Report of the Indian Hemp Drugs Commission, 1894-1895 - Volume VII
Year: 1894
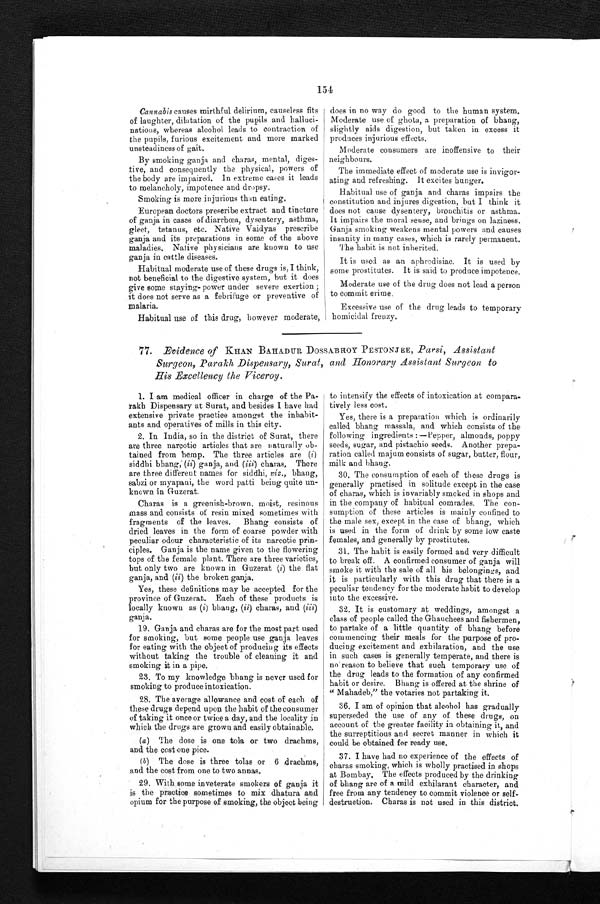
154
Cannabis causes mirthful delirium, causeless fits
of laughter, dilatation of the pupils and halluci-
nations, whereas alcohol leads to contraction of
the pupils, furious excitement and more marked
unsteadiness of gait.
By smoking ganja and charas, mental, diges-
tive, and consequently the physical, powers of
the body are impaired. In extreme cases it leads
to melancholy, impotence and dropsy.
Smoking is more injurious thin eating.
European doctors prescribe extract and tincture
of ganja in cases of diarrhœa, dysentery, asthma,
gleet, tetanus, etc. Native Vaidyas prescribe
ganja and its preparations in some of the above
maladies. Native physicians are known to use
ganja in cattle diseases.
Habitual moderate use of these drugs is, I think,
not beneficial to the digestive system, but it does
give some staying- power under severe exertion ;
it does not serve as a febrifuge or preventive of
malaria.
Habitual use of this drug, however moderate,
does in no way do good to the human system.
Moderate use of ghota, a preparation of bhang,
slightly aids digestion, but taken in excess it
produces injurious effects.
Moderate consumers are inoffensive to their
neighbours.
The immediate effect of moderate use is invigor-
ating and refreshing. It excites hunger.
Habitual use of ganja and charas impairs the
constitution and injures digestion, but I think it
does not cause dysentery, bronchitis or asthma.
It impairs the moral sense, and brings on laziness,
Ganja smoking weakens mental powers and causes
insanity in many cases, which is rarely permanent.
The habit is not inherited.
It is used as an aphrodisiac. It is used by
some prostitutes. It is said to produce impotence.
Moderate use of the drug does not lead a person
to commit crime.
Excessive use of the drug leads to temporary homicidal frenzy.
77. Evidence of KHAN BAHADUR DOSSABROY PESTONJEE, Parsi, Assistant
Surgeon, Parakh Dispensary, Surat, and Honorary Assistant Surgeon to
His Excellency the Viceroy.
1. I am medical officer in charge of the Pa-
rakh Dispensary at Surat, and besides I have had
extensive private practice amongst the inhabit-
ants and operatives of mills in this city.
2. In India, so in the district of Surat, there
are three narcotic articles that are naturally ob-
tained from hemp. The three articles are ( i )
siddhi bhang,' ( ii) ganja, and ( iii) charas. There
are three different names for siddhi, viz ., bhang,
sabzi or myapani, the word patti being quite un-
known in Guzerat.
Charas is a greenish-brown, moist, resinous
mass and consists of resin mixed sometimes with
fragments of the leaves. Bhang consists of
dried leaves in the form of coarse powder with
peculiar odour characteristic of its narcotic prin-
ciples. Ganja is the name given to the flowering
tops of the female plant. There are three varieties,
but only two are known in Guzerat ( i) the flat
ganja, and (ii) the broken ganja.
Yes, these definitions may be accepted for the
province of Guzerat. Each of these products is
locally known as ( i) bhang, charas, and (iii)
ganja.
19. Ganja and charas are for the most part used
for smoking, but some people use ganja leaves
for eating with the object of producing its effects
without taking the trouble of cleaning it and
smoking it in a pipe.
23. To my knowledge bhang is never used for
smoking to produce intoxication.
28. The average allowance and cost of each of
these drugs depend upon the habit of the consumer
of taking it once or twice a day, and the locality in
which the drugs are grown and easily obtainable.
(a) The dose is one tola or two drachms,
and the cost one pice.
(b) The dose is three tolas or 6 drachms,
and the cost from one to two annas.
29. With some inveterate smokers of ganja it
is the practice sometimes to mix dhatura and
opium for the purpose of smoking, the object being
to intensify the effects of intoxication at compara-
tively less cost.
Yes, there is a preparation which is ordinarily
called bhang massala, and which consists of the
following ingredients : —Pepper, almonds, poppy
seeds, sugar, and pistachio seeds. Another prepa-
ration called majum consists of sugar, butter, flour,
milk and bhang.
30. The consumption of each of these drugs is
generally practised in solitude except in the case
of charas, which is invariably smoked in shops and
in the company of habitual comrades. The con-
sumption of these articles is mainly confined to
the male sex, except in the case of bhang, which
is used in the form of drink by some low caste
females, and generally by prostitutes.
31. The habit is easily formed and very difficult
to break off. A confirmed consumer of ganja will
smoke it with the sale of all his belongings, and
it is particularly with this drug that there is a
peculiar tendency for the moderate habit to develop
into the excessive.
32. It is customary at weddings, amongst a
class of people called the Ghauchees and fishermen,
to partake of a little quantity of bhang before
commencing their meals for the purpose of pro
¬ d u c i n g e x c i t e m e n t a n d e x h i l a r a t i o n , a n d t h e u s e
in such cases is generally temperate, and there is
no reason to believe that such temporary use of
the drug leads to the formation of any confirmed
habit or desire. Bhang is offered at the shrine of
" Mahadeb," the votaries not partaking it.
36. I am of opinion that alcohol has gradually
superseded the use of any of these drugs, on
account of the greater facility in obtaining it, and
the surreptitious and secret manner in which it
could be obtained for ready use.
37. I have had no experience of the effects of
charas smoking, which is wholly practised in shops
at Bombay. The effects produced by the drinking
of bhang are of a mild exhilarant character, and
free from any tendency to commit violence or self-
destruction, Charas is not used in this district.